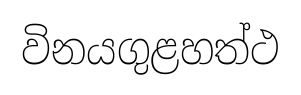
විනයගුළහත්ථ